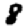
Digit: 8